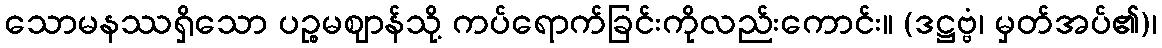
သောမနဿရှိသော ပဉ္စမဈာန်သို့ ကပ်ရောက်ခြင်းကိုလည်းကောင်း။ (ဒဋ္ဌဗ္ဗံ၊ မှတ်အပ်၏)၊